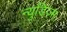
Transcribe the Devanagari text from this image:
न्युडिज़्म